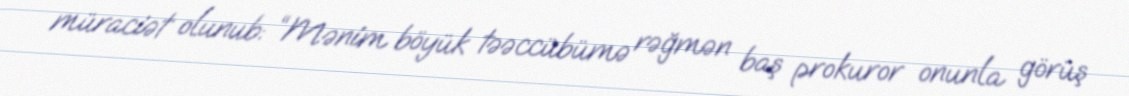
müraciət olunub: “Mənim böyük təəccübümə rəğmən baş prokuror onunla görüş